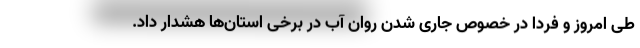
طی امروز و فردا در خصوص جاری شدن روان آب در برخی استان‌ها هشدار داد.